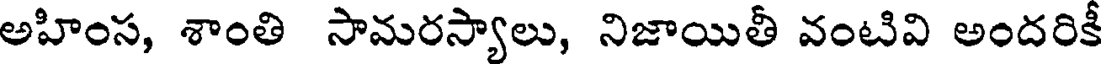
అహింస, శాంతి సామరస్యాలు, నిజాయితీ వంటివి అందరికీ